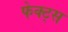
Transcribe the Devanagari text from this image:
फेक्ट्स